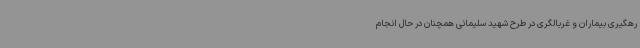
رهگیری بیماران و غربالگری در طرح شهید سلیمانی همچنان در حال انجام